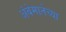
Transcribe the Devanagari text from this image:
अंबेमातेच्या